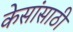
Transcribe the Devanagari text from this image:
केसांसाठी